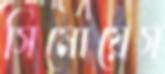
সিমোয়েস